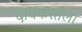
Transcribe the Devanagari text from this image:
दीर्घकरतला